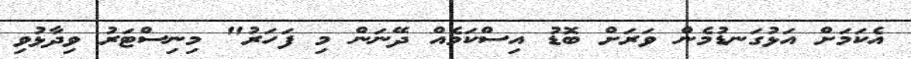
އެކަމަށް އަޅުގަނޑުމެން ވަރަށް ބޮޑު އިސްކަމެއް ދޭނަން މި ފަހަރު" މިނިސްޓަރު ވިދާޅުވި